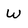
Character: W